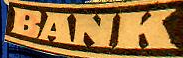
BANK